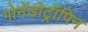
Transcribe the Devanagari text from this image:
गोनॅडोट्रॉपिन